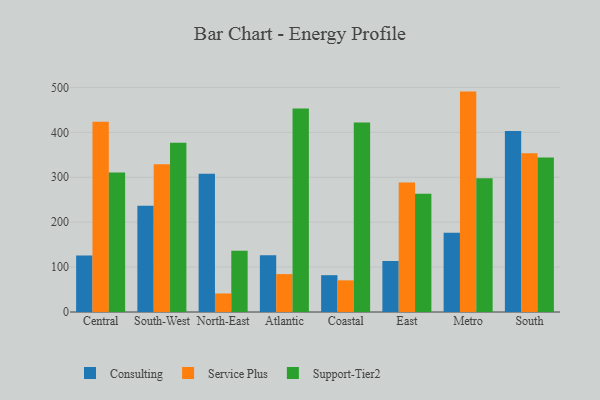
{"axis": {"x": "Region", "y": "Churn Rate (%)"}, "legend": ["Consulting", "Service Plus", "Support-Tier2"], "data": [{"x": "Central", "y": 125.6, "type": "Consulting"}, {"x": "Central", "y": 423.7, "type": "Service Plus"}, {"x": "Central", "y": 310.9, "type": "Support-Tier2"}, {"x": "South-West", "y": 236.6, "type": "Consulting"}, {"x": "South-West", "y": 329.0, "type": "Service Plus"}, {"x": "South-West", "y": 376.9, "type": "Support-Tier2"}, {"x": "North-East", "y": 307.6, "type": "Consulting"}, {"x": "North-East", "y": 41.2, "type": "Service Plus"}, {"x": "North-East", "y": 136.4, "type": "Support-Tier2"}, {"x": "Atlantic", "y": 126.5, "type": "Consulting"}, {"x": "Atlantic", "y": 84.4, "type": "Service Plus"}, {"x": "Atlantic", "y": 452.9, "type": "Support-Tier2"}, {"x": "Coastal", "y": 82.0, "type": "Consulting"}, {"x": "Coastal", "y": 70.5, "type": "Service Plus"}, {"x": "Coastal", "y": 421.9, "type": "Support-Tier2"}, {"x": "East", "y": 113.6, "type": "Consulting"}, {"x": "East", "y": 288.4, "type": "Service Plus"}, {"x": "East", "y": 263.1, "type": "Support-Tier2"}, {"x": "Metro", "y": 176.5, "type": "Consulting"}, {"x": "Metro", "y": 490.8, "type": "Service Plus"}, {"x": "Metro", "y": 297.9, "type": "Support-Tier2"}, {"x": "South", "y": 402.8, "type": "Consulting"}, {"x": "South", "y": 353.7, "type": "Service Plus"}, {"x": "South", "y": 343.9, "type": "Support-Tier2"}]}